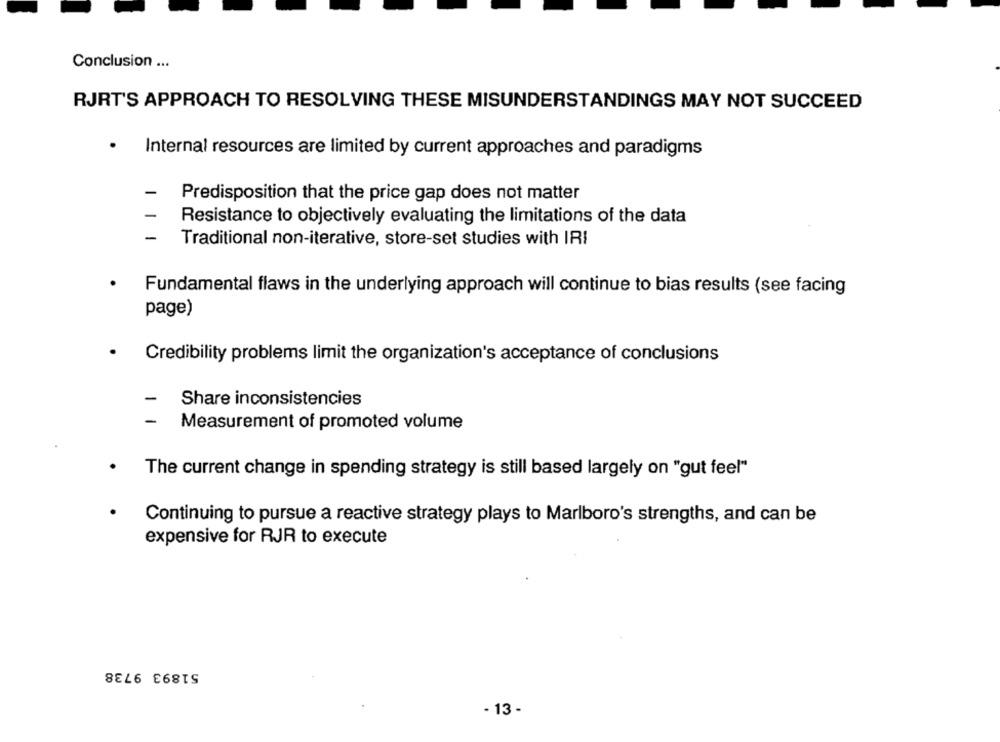
Conclusion ...
RJRT'S APPROACH TO RESOLVING THESE MISUNDERSTANDINGS MAY NOT SUCCEED
.
Internal resources are limited by current approaches and paradigms
Predisposition that the price gap does not matter
Resistance to objectively evaluating the limitations of the data
Traditional non-iterative, store-set studies with IRI
Fundamental flaws in the underlying approach will continue to bias results (see facing
page)
.
Credibility problems limit the organization's acceptance of conclusions
-
Share inconsistencies
-
Measurement of promoted volume
.
The current change in spending strategy is still based largely on "gut feel"
Continuing to pursue a reactive strategy plays to Marlboro's strengths, and can be
expensive for RJR to execute
51893 9738
- 13 -